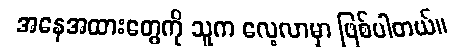
အနေအထားတွေကို သူက လေ့လာမှာ ဖြစ်ပါတယ်။